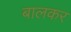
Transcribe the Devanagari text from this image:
बालकर